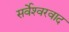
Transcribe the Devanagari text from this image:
सर्वेश्‍वरवाद